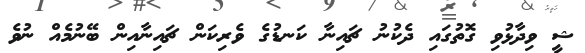
ޝީ ވިދާޅުވި ގޮތުގައި ދެކުނު ޗައިނާ ކަނޑުގެ ވެރިކަން ޗައިނާއިން ބޭނުމެއް ނުވެ